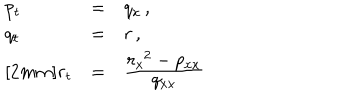
LaTeX: \begin{array} { l l l } { { p _ { t } } } & { { = } } & { { q _ { x } \, , } } \\ { { q _ { t } } } & { { = } } & { { r \, , } } \\ { { r _ { t } } } & { { = } } & { { \frac { \textstyle { r _ { x } ^ { \, \; 2 } - p _ { x x } } } { \textstyle { q _ { x x } } } } } \\ \end{array}